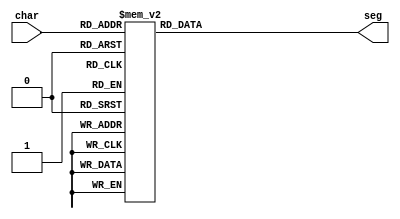
/*
   This file was generated automatically by the Mojo IDE version B1.3.6.
   Do not edit this file directly. Instead edit the original Lucid source.
   This is a temporary file and any changes made to it will be destroyed.
*/

module sevenSeg_25 (
    input [6:0] char,
    output reg [6:0] seg
  );
  
  
  
  always @* begin
    
    case (char)
      1'h0: begin
        seg = 7'h3f;
      end
      1'h1: begin
        seg = 7'h06;
      end
      2'h2: begin
        seg = 7'h5b;
      end
      2'h3: begin
        seg = 7'h4f;
      end
      3'h4: begin
        seg = 7'h66;
      end
      3'h5: begin
        seg = 7'h6d;
      end
      3'h6: begin
        seg = 7'h7d;
      end
      3'h7: begin
        seg = 7'h07;
      end
      4'h8: begin
        seg = 7'h7f;
      end
      4'h9: begin
        seg = 7'h6f;
      end
      7'h61: begin
        seg = 7'h77;
      end
      7'h62: begin
        seg = 7'h7c;
      end
      7'h63: begin
        seg = 7'h39;
      end
      7'h64: begin
        seg = 7'h5e;
      end
      7'h65: begin
        seg = 7'h79;
      end
      7'h68: begin
        seg = 7'h74;
      end
      7'h6c: begin
        seg = 7'h38;
      end
      7'h6d: begin
        seg = 7'h15;
      end
      7'h6e: begin
        seg = 7'h37;
      end
      7'h6f: begin
        seg = 7'h5c;
      end
      7'h70: begin
        seg = 7'h73;
      end
      7'h71: begin
        seg = 7'h67;
      end
      7'h72: begin
        seg = 7'h50;
      end
      7'h73: begin
        seg = 7'h6d;
      end
      7'h74: begin
        seg = 7'h78;
      end
      7'h75: begin
        seg = 7'h3e;
      end
      7'h78: begin
        seg = 7'h76;
      end
      default: begin
        seg = 7'h00;
      end
    endcase
  end
endmodule